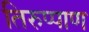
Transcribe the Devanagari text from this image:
तिरुप्पाण